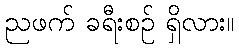
ညဖက် ခရီးစဉ် ရှိလား။